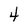
Character: 4